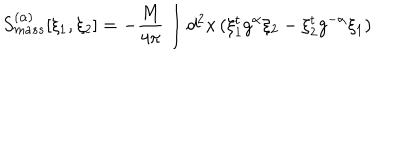
S _ { m a s s } ^ { ( \alpha ) } [ \xi _ { 1 } , \xi _ { 2 } ] = - \frac { M } { 4 \pi } \int d ^ { 2 } x \, ( \xi _ { 1 } ^ { t } g ^ { \alpha } \xi _ { 2 } - \xi _ { 2 } ^ { t } g ^ { - \alpha } \xi _ { 1 } )